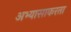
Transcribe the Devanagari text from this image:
अभ्यासाकरता